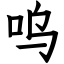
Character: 呜